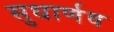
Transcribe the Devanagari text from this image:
सुधार्णव